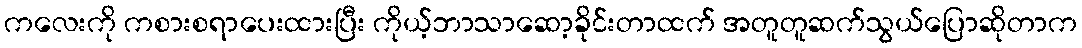
ကလေးကို ကစားစရာပေးထားပြီး ကိုယ့်ဘာသာဆော့ခိုင်းတာထက် အတူတူဆက်သွယ်ပြောဆိုတာက